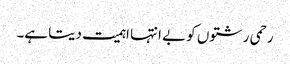
رحمی رشتوں کو بے انتہا اہمیت دیتا ہے۔